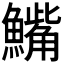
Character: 𫙾